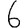
Digit: 6